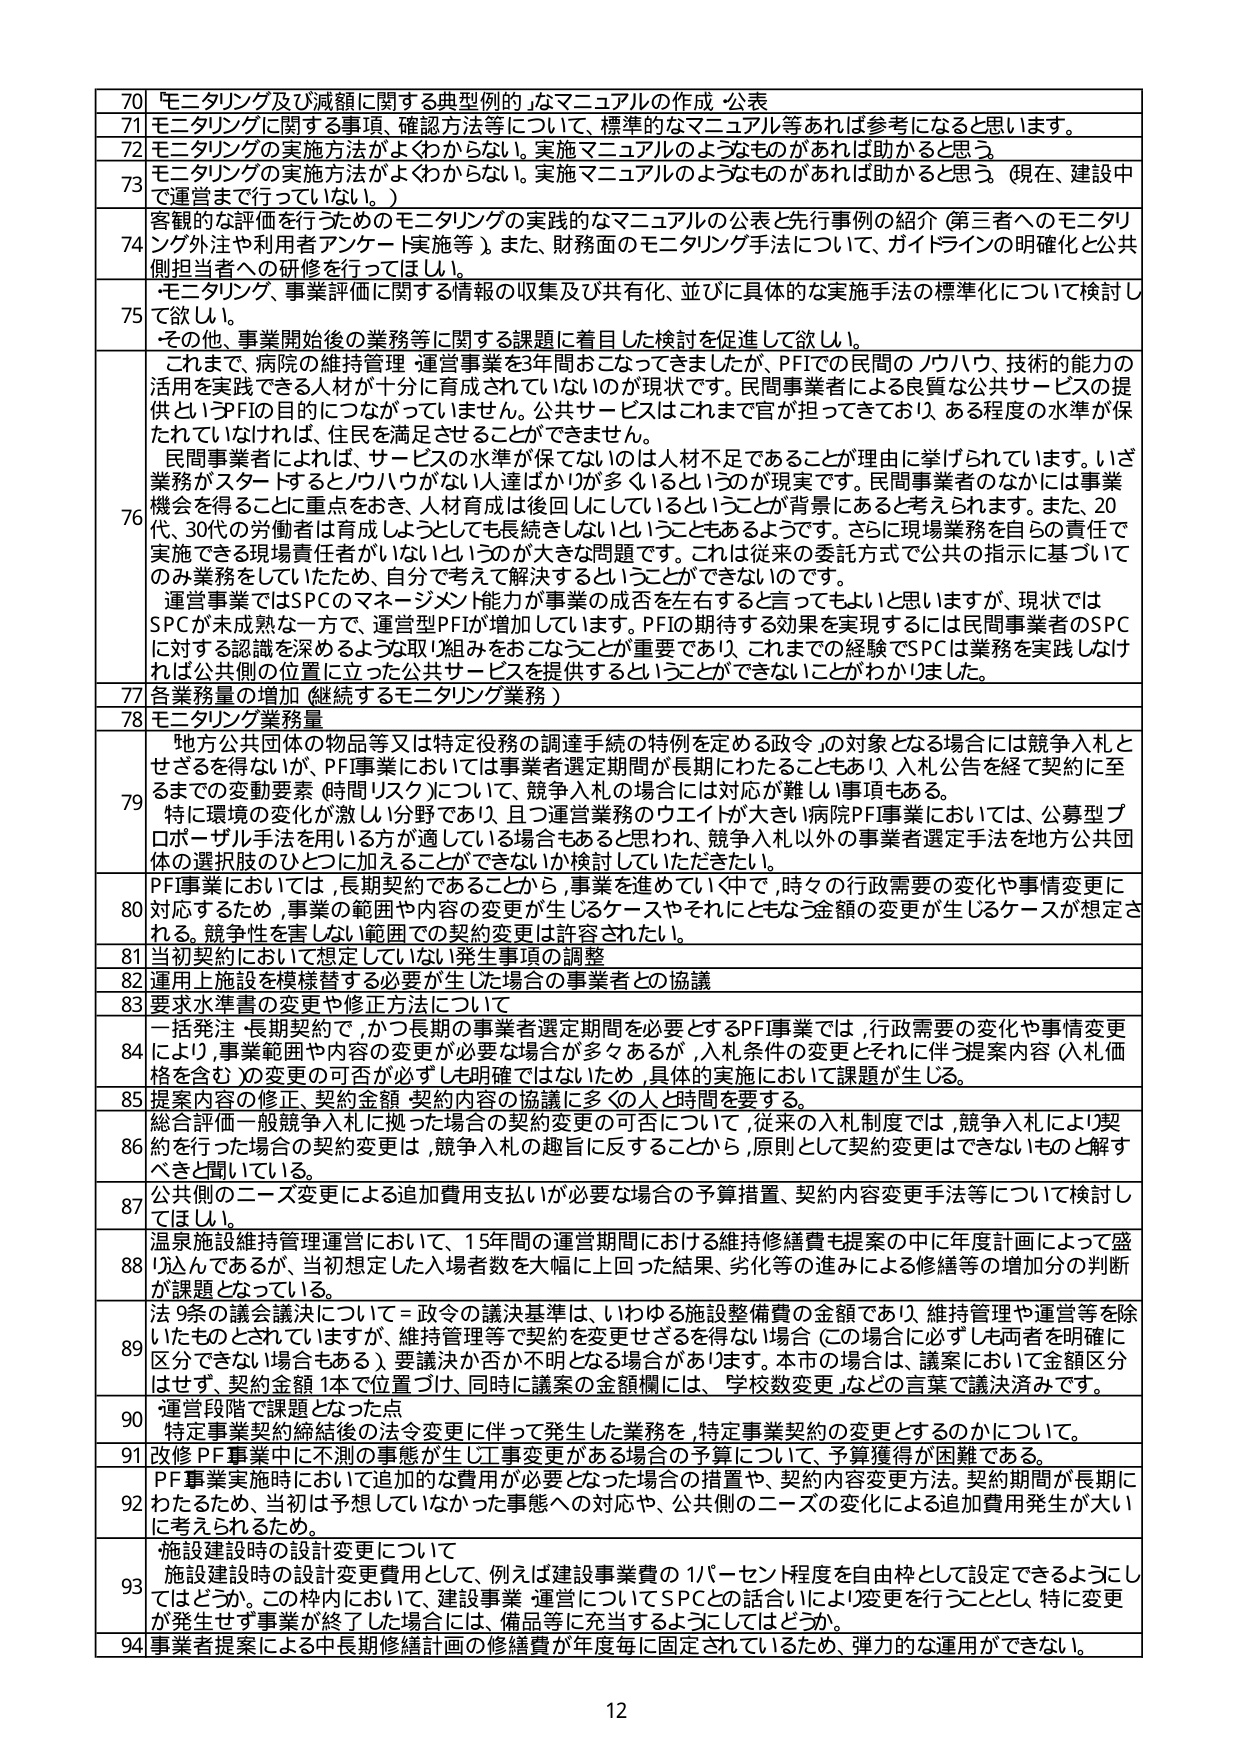
70 「モニタリング及び減額に関する典型的例」なマニュアルの作成・公表
71 モニタリングに関する事項、確認方法等について、標準的なマニュアル等があれば参考になると思います。
72 モニタリングの実施方法がよくわからない。実施マニュアルのようなものがあれば助かると思う。
73 モニタリングの実施方法がよくわからない。実施マニュアルのようなものがあれば助かると思う。（現在、建設中で運営まで行ってない。）
74 客観的な評価を行うためのモニタリングの実践的なマニュアルの公表と先行事例の紹介（第三者へのモニタリング外注や利用者アンケート実施等）。また、財務面のモニタリング手法について、ガイドラインの明確化と公共側担当者への研修を行ってほしい。
75 ・モニタリング、事業評価に関する情報の収集及び共有化、並びに具体的な実施手法の標準化について検討して欲しい。
　・その他、事業開始後の業務等に関する課題に着目した検討を促進して欲しい。
76 これまで、病院の維持管理・運営事業を3年間おこなってきましたが、PFIでの民間のノウハウ、技術的能力の活用を実践できる人材が十分に育成されていないのが現状です。民間事業者による良質な公共サービスの提供というPFIの目的につながっていません。公共サービスはこれまで官が担ってきており、ある程度の水準が保たれていなければ、住民を満足させることができません。
　民間事業者には、サービスの水準が保てないのは人材不足であることが理由に挙げられています。いざ業務がスタートするとノウハウが1人達成が少なくなっているのが現実です。民間事業者のなかには事業機会を得ることに重点をおき、人材育成は後回しにしているということが背景にあると考えられます。また、20代、30代の労働者は育成しようとしても長続きしないということもあるようです。さらに現場業務を自らの責任で実施できる現場責任者がいないというのが大きな問題です。これは従来の委託方式で公共の指示に基づいてのみ業務をしていたため、自分で考えて解決するということができないのです。
　運営事業ではSPCのマネジメント能力が事業の成否を左右すると言ってしまいと思いますが、現状ではSPCが未成熟な一方で、運営型PFIが増加しています。PFIの期待する効果を実現するには民間事業者のSPCに対する認識を深めるような取り組みをおこなうことが重要であり、これまでの経験でSPCは業務を実践しなければ公共側の位置に立った公共サービスを提供するということができないことがわかりました。
77 各業務量の増加（継続するモニタリング業務）
78 モニタリング業務量
79 「地方公共団体の物品等又は特定役務の調達手続の特例を定める政令」の対象となる場合には競争入札とせざるを得ないが、PFI事業においては事業者選定期間が長期にわたることもあり、入札公告を経て契約に至るまでの変動要素（時間リスク）については、競争入札の場合には対応が難しい事項もある。
　特に環境の変化が激しい分野であり、且つ運営業務のウエイトが大きい病院PFI事業においては、公募型プロポーザル手法を用いる方が適している場合もあると思われ、競争入札以外の事業者選定手法を地方公共団体の選択肢のひとつに加えてできないか検討していただきたい。
80 PFI事業においては、長期契約であることから、事業を進めていく中で、時々の行政需要の変化や事情変更に対応するため、事業の範囲や内容の変更が生じるケースやそれにもとづく金額の変更が生じるケースが想定される。競争性を害しない範囲での契約変更は許容されたい。
81 当初契約において想定していない発生事項の調整
82 運用上施設を模様替えする必要が生じた場合の事業者との協議
83 要求水準書の変更や修正方法について
84 一括発注・長期契約で、かつ長期の事業者選定期間を必要とするPFI事業では、行政需要の変化や事情変更により、事業範囲や内容の変更が必要な場合が多々あるが、入札条件の変更とそれに伴う提案内容（入札価格を含む）の変更の可否が必ずしも明確ではないため、具体的実施において課題が生じる。
85 提案内容の修正、契約金額・契約内容の協議に多くの人と時間を要する。
86 総合評価一般競争入札に拠った場合の契約変更の可否について、従来の入札制度では、競争入札により契約を行った場合の契約変更は、競争入札の趣旨に反することから、原則として契約変更はできないものと解すべきと聞いている。
87 公共側のニーズ変更による追加費用支払いが必要な場合の予算措置、契約内容変更手法等について検討してほしい。
88 温泉施設維持管理運営において、15年間の運営期間における維持修繕費も提案の中に年度計画によって盛り込んであるが、当初想定した入場者数を大幅に上回った結果、劣化等の進みによる修繕等の増加分の判断が課題となっている。
89 法9条の議会議決について＝政令の議決基準は、いわゆる施設整備費の金額であり、維持管理や運営等を除いたものとされていますが、維持管理等で契約を変更せざるを得ない場合（この場合に必ずしも両者を明確に区分できない場合もある）、要議決か否か不明となる場合があります。本市の場合は、議案において金額区分はせず、契約金額1本で位置づけ、同時に議案の金額欄には、「学校数変更」などの言葉で議決済みです。
90 ・運営段階で課題となった点
　特定事業契約締結後の法令変更に伴って発生した業務を、特定事業契約の変更とするのかについて。
91 改修PFI事業中に不測の事態が生じ工事変更がある場合の予算について、予算獲得が困難である。
92 PFI事業実施時において追加的な費用が必要となった場合の措置や、契約内容変更方法。契約期間が長期にわたるため、当初は予想していなかった事態への対応や、公共側のニーズの変化による追加費用発生が大いに考えられるため。
93 ・施設建設時の設計変更について
　施設建設時の設計変更費用として、例えば建設事業費の1パーセント程度を自由枠として設定できるようにしてはどうか。この枠内において、建設事業・運営についてSPCとの話し合いにより変更を行うこととし、特に変更が発生せず事業が終了した場合には、備品等に充当するようにしてはどうか。
94 事業者提案による中長期修繕計画の修繕費が年度毎に固定されているため、弾力的な運用ができない。
12